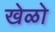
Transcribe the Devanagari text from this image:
खेळो